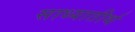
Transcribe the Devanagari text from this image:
साध्यातीर्थ